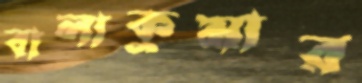
বালাকুমার